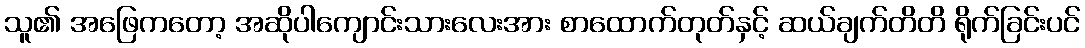
သူ၏ အဖြေကတော့ အဆိုပါကျောင်းသားလေးအား စာထောက်တုတ်နှင့် ဆယ်ချက်တိတိ ရိုက်ခြင်းပင်